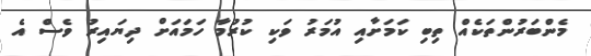
މެންބަރުންތަކެއް ތިބި ކަމަށާއި އުމަރު ވަކި ކުރުމާ ހަމައަށް ދިޔައިރު ވެސް އެ